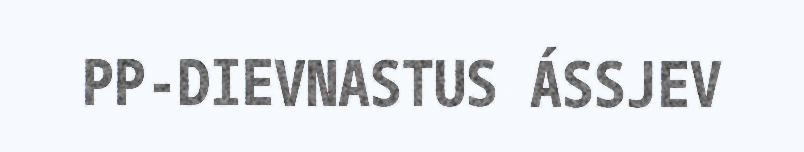
PP-DIEVNASTUS ÁSSJEV